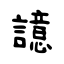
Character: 譩